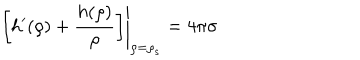
\left. \left[ h ^ { \prime } ( \rho ) + \frac { h ( \rho ) } { \rho } \right] \right| _ { \rho = \rho _ { s } } = 4 \pi \sigma